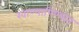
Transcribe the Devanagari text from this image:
खाण्यापिण्यात